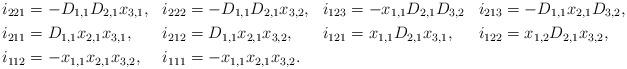
LaTeX: \begin{align*}i_{221}&=-D_{1,1}D_{2,1}x_{3,1}, & i_{222}&=-D_{1,1}D_{2,1}x_{3,2}, & i_{123}&=-x_{1,1}D_{2,1}D_{3,2} & i_{213}&=-D_{1,1}x_{2,1}D_{3,2},\\i_{211}&=D_{1,1}x_{2,1}x_{3,1}, & i_{212}&=D_{1,1}x_{2,1}x_{3,2}, & i_{121}&=x_{1,1}D_{2,1}x_{3,1}, & i_{122}&=x_{1,2}D_{2,1}x_{3,2},\\i_{112}&=-x_{1,1}x_{2,1}x_{3,2}, &i_{111}&=-x_{1,1}x_{2,1}x_{3,2}.\end{align*}